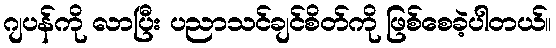
ဂျပန်ကို လာပြီး ပညာသင်ချင်စိတ်ကို ဖြစ်စေခဲ့ပါတယ်။